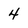
Character: 4